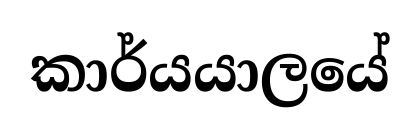
කාර්යයාලයේ